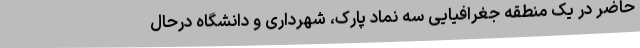
حاضر در یک منطقه جغرافیایی سه نماد پارک، شهرداری و دانشگاه درحال